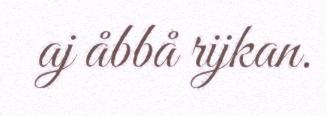
aj åbbå rijkan.